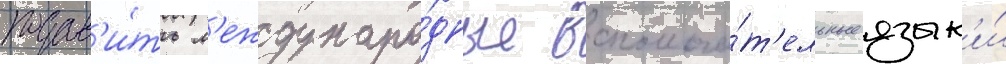
подав'и́ть м'еждунаро́дные вспомога́т'ельные язык'и́